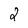
Character: 2